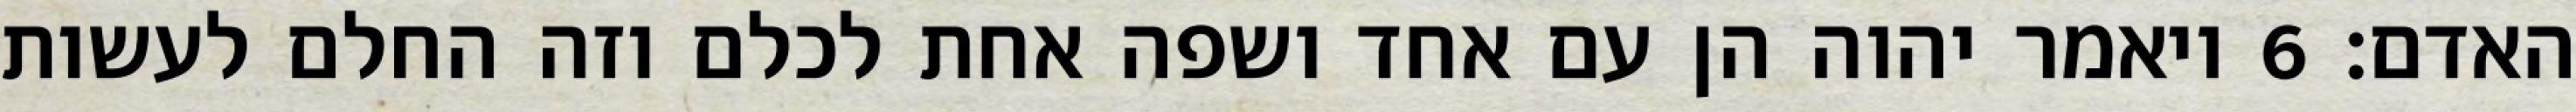
האדם׃ ‎6‏ ויאמר יהוה הן עם אחד ושפה אחת לכלם וזה החלם לעשות